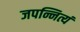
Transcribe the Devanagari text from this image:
जपन्नित्यं